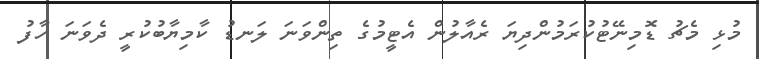
މުޅި މެޗު ޑޮމިނޭޓުކުރަމުންދިޔަ ރެއާލުން އެޓީމުގެ ތިންވަނަ ލަނޑު ކާމިޔާބުކުރީ ދެވަނަ ހާފު